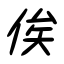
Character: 俟